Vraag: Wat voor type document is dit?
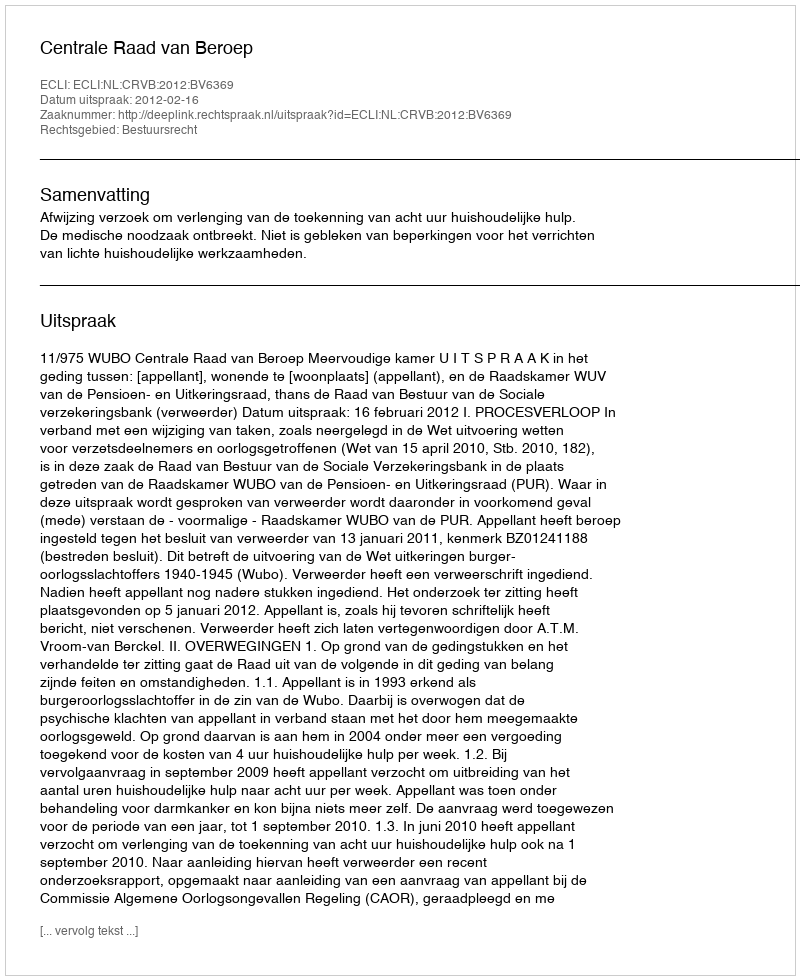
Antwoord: Uitspraak